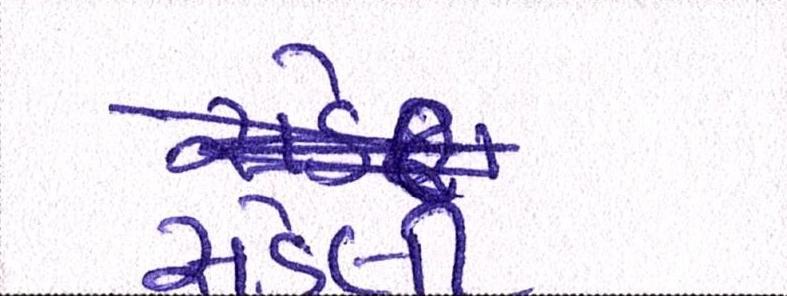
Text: સડેલી